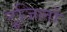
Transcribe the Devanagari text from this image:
टूजिलो